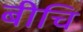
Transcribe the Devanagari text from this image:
बीचि